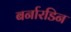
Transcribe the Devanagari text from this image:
बर्नारडिन